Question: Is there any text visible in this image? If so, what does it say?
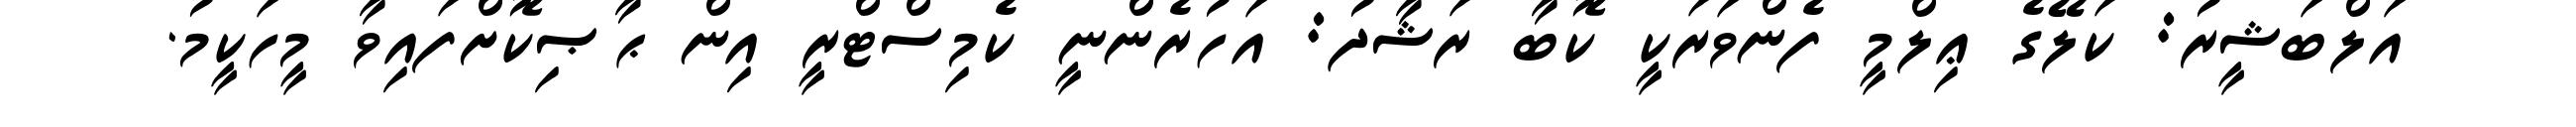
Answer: އަލްބަޝީރު: ކަލޭގެ ޢިލްމީ ފެންވަރަކީ ކޮބާ ރަޝާދު: އަހުރެންނީ ކެމިސްޓްރީ އިން ޙާޞިކޮށްފައިވާ މީހަކީމު.